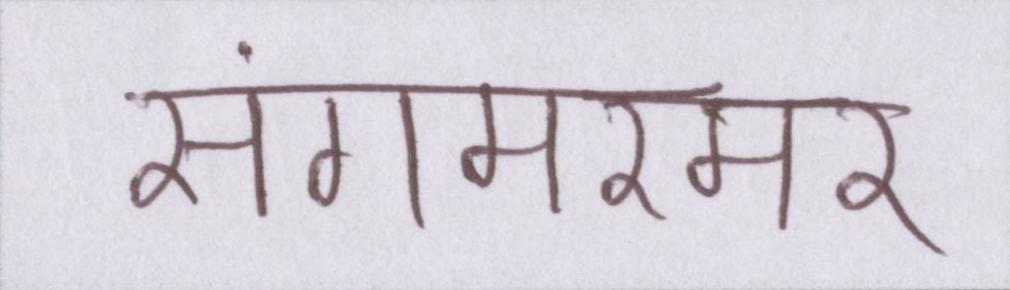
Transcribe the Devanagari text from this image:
संगमरमर